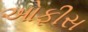
ઓફીસ